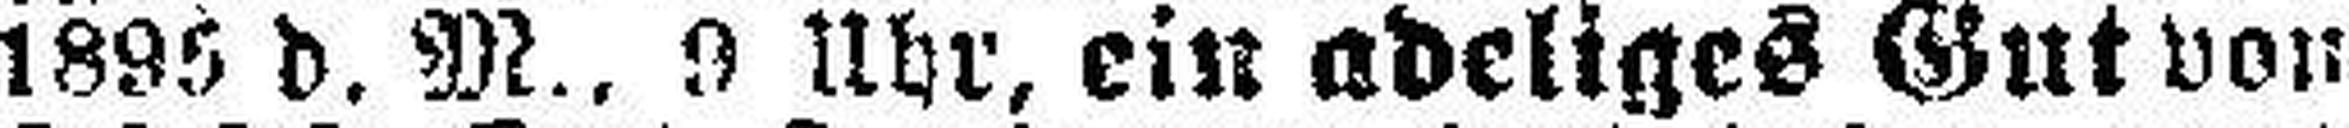
1895 d. M., 9 Uhr, ein adeliges Gut von